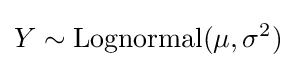
Y\sim \operatorname {Lognormal} (\mu ,\sigma ^{2})